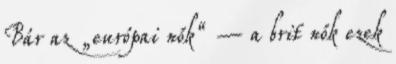
Bár az „európai nők“ – a brit nők ezek